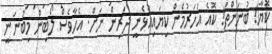
ކޮޔާ! ބުނަންތަ! ކޮއެ އަހަރުމެން ކިޔައިއުޅެނީ ދަރިން ނަށް. އެހާވެސް ލޯބިން މިބުނަނީ